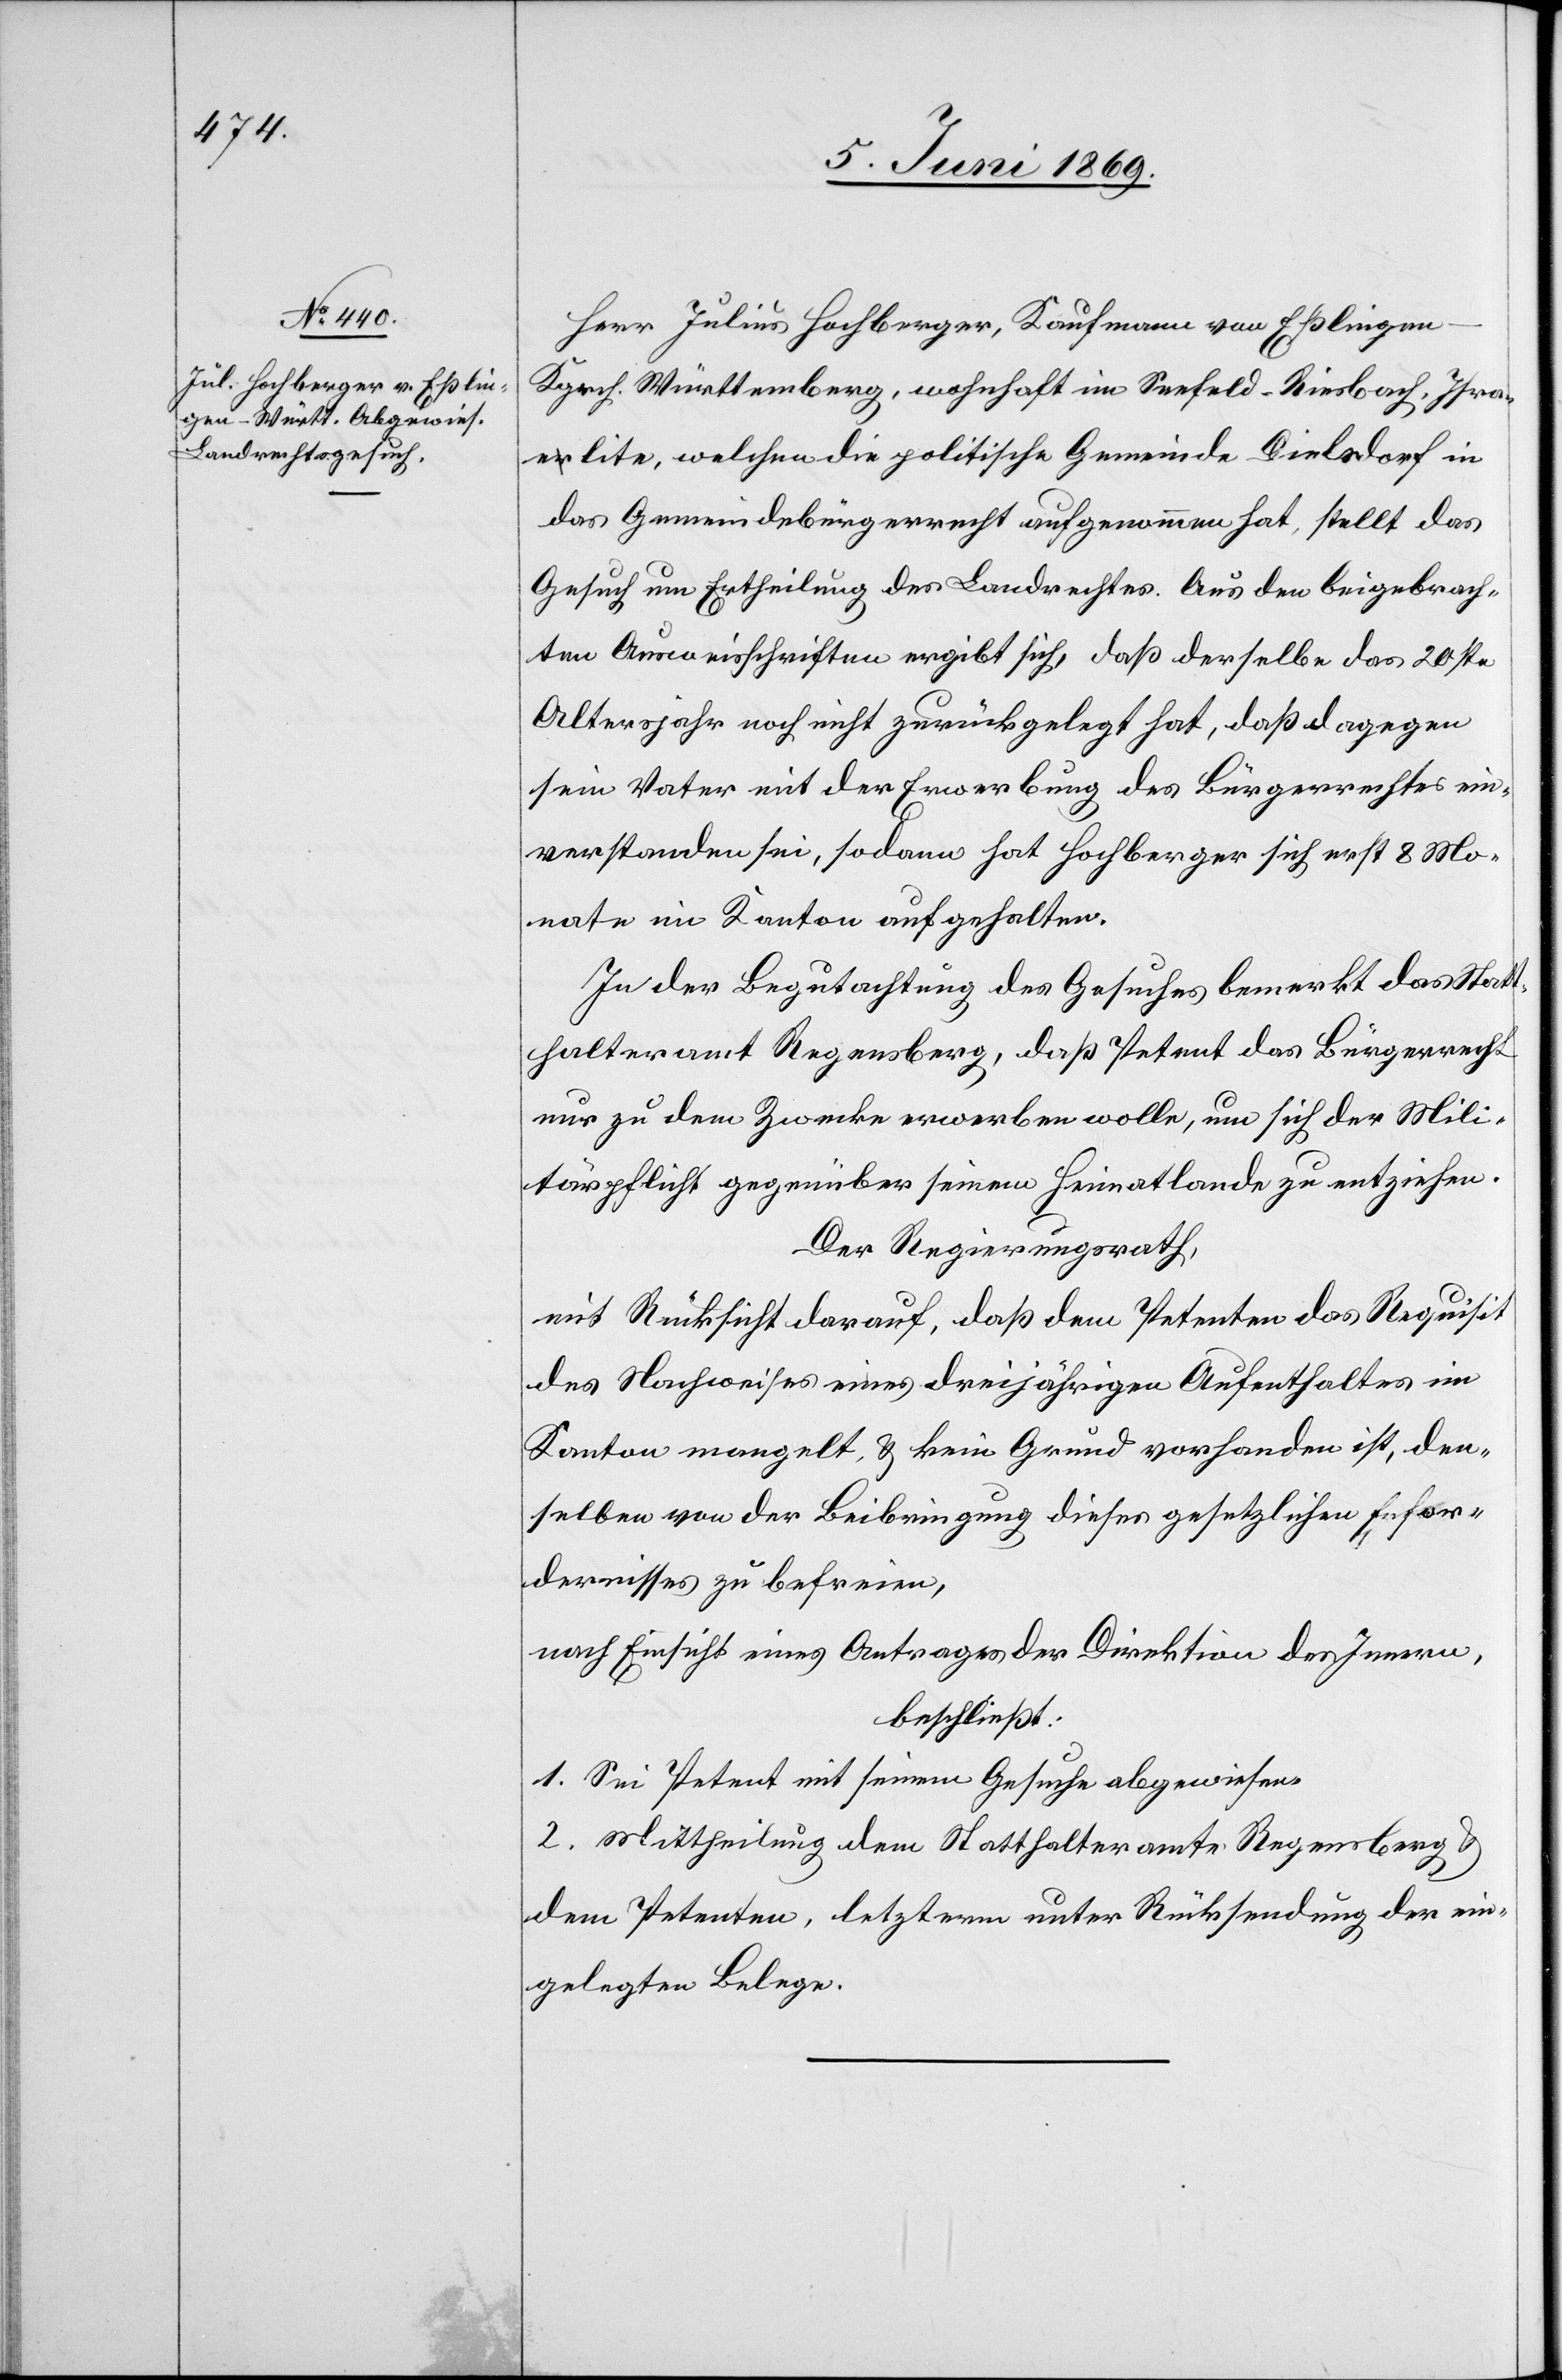
Herr Julius Hochberger, Kaufmann von Eßlingen
Kgrch. Württemberg, wohnhaft im Seefeld-Riesbach, Isra¬
elite, welchen die politische Gemeinde Dielsdorf in
das Gemeindebürgerrecht aufgenommen hat, stellt das
Gesuch um Ertheilung des Landrechtes. Aus den beigebrach¬
ten Ausweisschriften ergibt sich, daß derselbe das 20ste
Altersjahr noch nicht zurückgelegt hat, daß dagegen
sein Vater mit der Erwerbung des Bürgerrechtes ein¬
verstanden sei, sodann hat Hochberger sich erst 8 Mo¬
nate im Kanton aufgehalten.
In der Begutachtung des Gesuches bemerkt das Stat¬
thalteramt Regensberg, daß Petent das Bürgerrech¬
t zu dem Zwecke erwerben wolle, um sich der Mili¬
tärpflicht gegenüber seinem Heimatlande zu entziehen.
Der Regierungsrath,
mit Rücksicht darauf, daß dem Petenten das Requisit
des Nachweises eines dreijährigen Aufenthaltes im
Kanton mangelt, u. kein Grund vorhanden ist, den¬
selben von der Beibringung dieses gesetzlichen Erfor¬
dernisses zu befreien,
nach Einsicht eines Antrages der Direktion des Innern,
beschließt:
1. Sei Petent mit seinem Gesuche abgewiesen.
2. Mittheilung dem Statthalteramte Regensberg u.
dem Petenten, letzterm unter Rücksendung der ein¬
gelegten Belege.